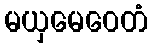
မယှမေဝေတံ